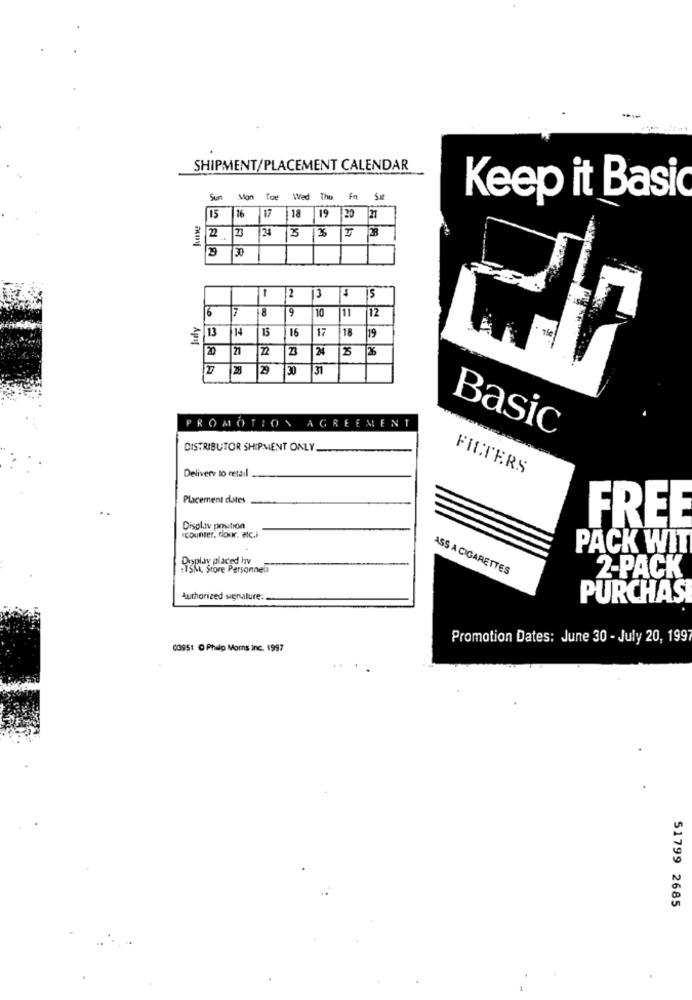
SHIPMENT/PLACEMENT CALENDAR
Sum Mon
This
Keep it Basic
15 16
17 18 19 20 21
# 22
2 3 3
2 30
-
2
3
$ |5
6
9
10
11
12
14
15
16
17
Apyg
18 19
21
24
25
26
28
29
30
31
PROMOTION AGREEMENT
Basic
DISTRIBUTOR SHIPMENT ONLY.
Delivery to retail
FILTERS
Placement dates
FREE
Display position
counter, floor, etc.)
PACK WIT
Doplay piaced hv
RYSKA, Store Personnel
ASS A CIGARETTES
2-PACK
Authorized signature:
PURCHAS
Promotion Dates: June 30 - July 20, 1997
00951 O Phalp Moms inc. 1997
51799 2685